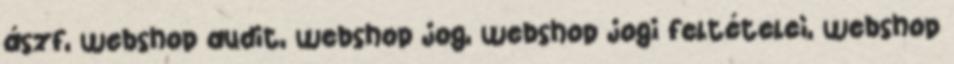
ászf, webshop audit, webshop jog, webshop jogi feltételei, webshop